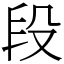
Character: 段